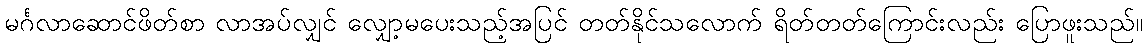
မင်္ဂလာဆောင်ဖိတ်စာ လာအပ်လျှင် လျှော့မပေးသည့်အပြင် တတ်နိုင်သလောက် ရိတ်တတ်ကြောင်းလည်း ပြောဖူးသည်။